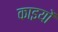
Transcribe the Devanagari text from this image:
काइयों